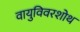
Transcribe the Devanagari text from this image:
वायुविवरशोथ